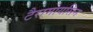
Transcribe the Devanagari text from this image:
टैरामायसिन